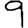
Digit: 9